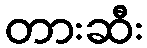
တားဆီး